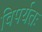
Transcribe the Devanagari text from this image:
विपर्यतः